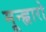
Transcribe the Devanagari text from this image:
मून्ह्वारो